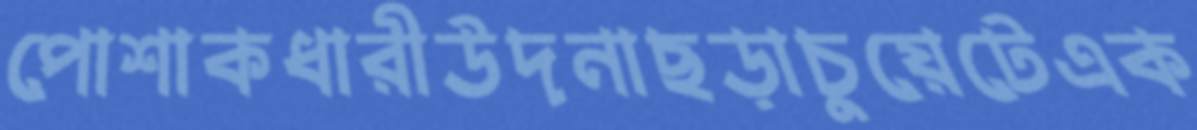
পোশাকধারীউদনাছড়াচুয়েটেএক